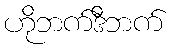
ဟိုဘက်ဒီဘက်